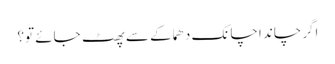
اگرچاند اچانک دھماکے سے پھٹ جائے تو؟